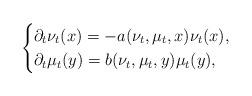
LaTeX: \begin{align*} \begin{cases} \partial_t \nu_t(x) = -a(\nu_t, \mu_t, x) \nu_t(x),\\ \partial_t \mu_t(y) = b(\nu_t, \mu_t, y) \mu_t(y), \end{cases}\end{align*}